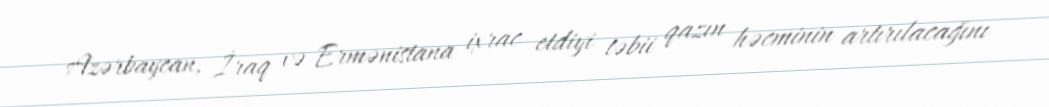
Azərbaycan, İraq və Ermənistana ixrac etdiyi təbii qazın həcminin artırılacağını